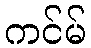
ကင်မ်